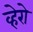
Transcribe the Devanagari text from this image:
व्हेरो